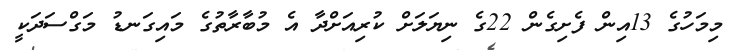
މިމަހުގެ 13އިން ފެށިގެން 22ގެ ނިޔަލަށް ކުރިއަށްދާ އެ މުބާރާތުގެ މައިގަނޑު މަގްސަދަކީ